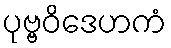
ပုဗ္ဗဝိဒေဟကံ